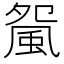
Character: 𩖿